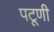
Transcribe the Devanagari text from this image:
पटूणी